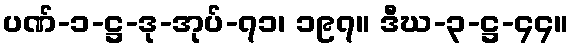
ပဏ်-၁-ဋ္ဌ-ဒု-အုပ်-၇၁၊ ၁၉၇။ ဒီဃ-၃-ဋ္ဌ-၄၄။